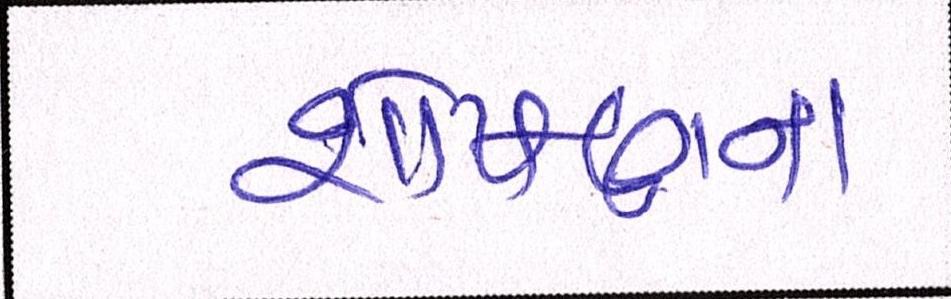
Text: શોષણના